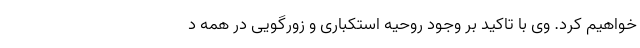
خواهیم کرد. وی با تاکید بر وجود روحیه استکباری و زورگویی در همه د